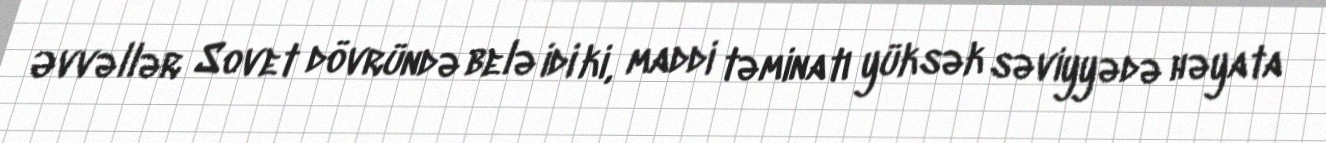
Əvvəllər Sovet dövründə belə idi ki, maddi təminatı yüksək səviyyədə həyata